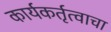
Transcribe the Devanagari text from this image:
कार्यकर्तृत्वाचा